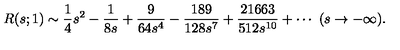
R ( s ; 1 ) \sim { \frac { 1 } { 4 } } s ^ { 2 } - { \frac { 1 } { 8 s } } + { \frac { 9 } { 6 4 s ^ { 4 } } } - { \frac { 1 8 9 } { 1 2 8 s ^ { 7 } } } + { \frac { 2 1 6 6 3 } { 5 1 2 s ^ { 1 0 } } } + \cdots \ ( s \rightarrow - \infty ) .